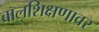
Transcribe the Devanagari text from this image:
बालशिक्षणावर